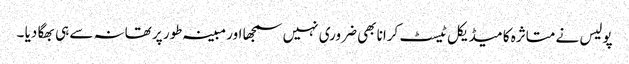
پولیس نے متاثرہ کا میڈیکل ٹیسٹ کرانا بھی ضروری نہیں سمجھا اور مبینہ طور پر تھانہ سے ہی بھگا دیا ۔